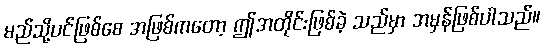
မည်သို့ပင်ဖြစ်စေ အဖြစ်ကတော့ ဤအတိုင်းဖြစ်ခဲ့ သည်မှာ အမှန်ဖြစ်ပါသည်။